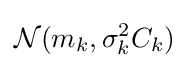
{\mathcal {N}}(m_{k},\sigma _{k}^{2}C_{k})